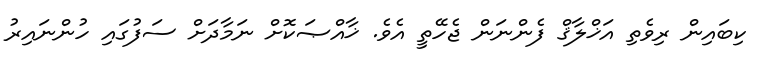
ކިބައިން ރިވެތި އަޚްލާޤް ފެންނަން ޖެހޭތީ އެވެ. ޚާއްޞަކޮށް ނަމާދަށް ސަފުގައި ހުންނައިރު